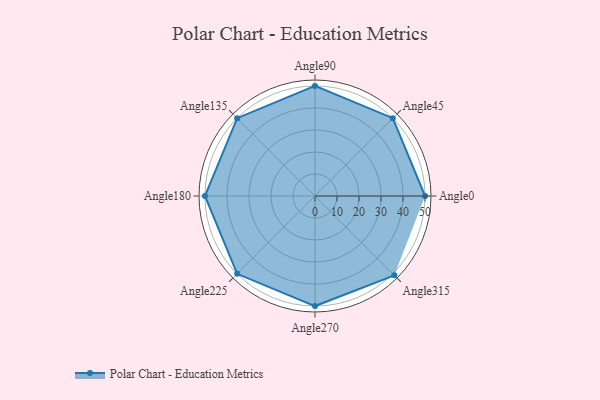
{"axis": {"x": "Angle", "y": "Radius"}, "legend": [""], "data": [{"x": "Angle0", "y": 50, "type": ""}, {"x": "Angle45", "y": 50, "type": ""}, {"x": "Angle90", "y": 50, "type": ""}, {"x": "Angle135", "y": 50, "type": ""}, {"x": "Angle180", "y": 50, "type": ""}, {"x": "Angle225", "y": 50, "type": ""}, {"x": "Angle270", "y": 50.0, "type": ""}, {"x": "Angle315", "y": 51.0, "type": ""}]}